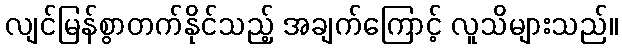
လျင်မြန်စွာတက်နိုင်သည့် အချက်ကြောင့် လူသိများသည်။